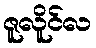
ဇူလိူင်လ